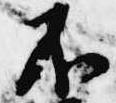
不